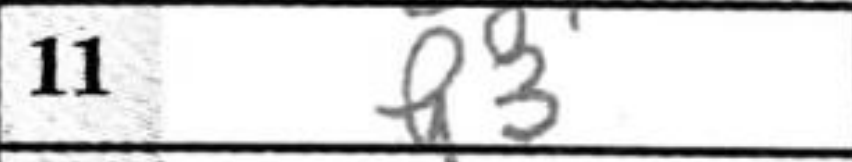
Transcription: h3